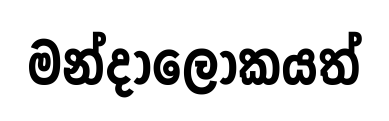
මන්දාලෝකයත්